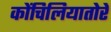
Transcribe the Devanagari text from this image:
कोंचिलियातोरे